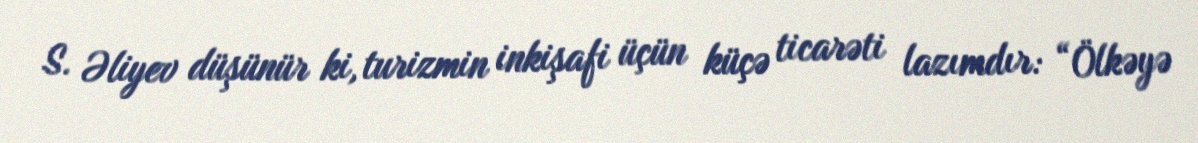
S. Əliyev düşünür ki, turizmin inkişafi üçün küçə ticarəti lazımdır: “Ölkəyə